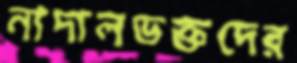
নাদালভক্তদের